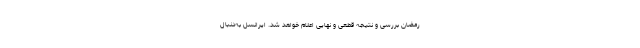
رمضان بررسی و نتیجه قطعی و نهایی اعلام خواهد شد. ایرانسل به‌دنبال